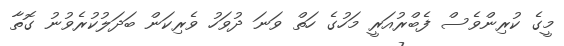
މީގެ ކުރިންވެސް ފެބްރުއަރީ މަހުގެ ހަތް ވަނަ ދުވަހު ވެރިކަން ބަދަލުކުރެވުނު ގޮތާ